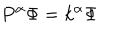
LaTeX: P ^ { \alpha } \Phi = k ^ { \alpha } \Phi